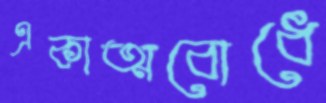
একাত্মবোধে